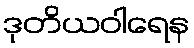
ဒုတိယဝါရေန